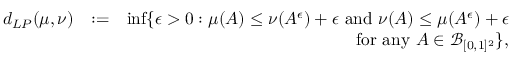
\begin{array} { r l r } { d _ { L P } ( \mu , \nu ) } & { : = } & { \operatorname* { i n f } \{ \epsilon > 0 : \mu ( A ) \leq \nu ( A ^ { \epsilon } ) + \epsilon \mathrm { ~ a n d ~ } \nu ( A ) \leq \mu ( A ^ { \epsilon } ) + \epsilon } \\ & { } & { \quad \quad \mathrm { ~ f o r ~ a n y ~ } A \in \mathcal { B } _ { [ 0 , 1 ] ^ { 2 } } \} , } \end{array}